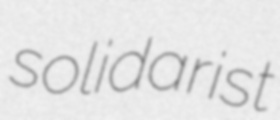
solidarist